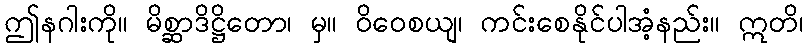
ဤနဂါးကို။ မိစ္ဆာဒိဋ္ဌိတော၊ မှ။ ဝိဝေစယျ၊ ကင်းစေနိုင်ပါအံ့နည်း။ ဣတိ၊